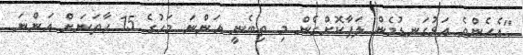
"އެހެންވެ އަޅުގަނޑުމެން ލަފާކޮށްގެން މި ތިބެނީ އަންނަ މަހުގެ 15 ހާތަނަށް އަންނަ